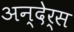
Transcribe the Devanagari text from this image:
अन्देर्स